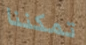
تمكننا